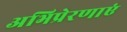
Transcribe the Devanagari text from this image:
अभिप्रेरणाएं